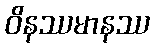
ဝိနဿမာနဿ